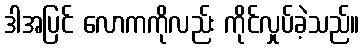
ဒါအပြင် လောကကိုလည်း ကိုင်လှုပ်ခဲ့သည်။